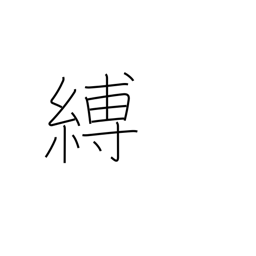
Meaning: arrest